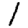
Digit: 1